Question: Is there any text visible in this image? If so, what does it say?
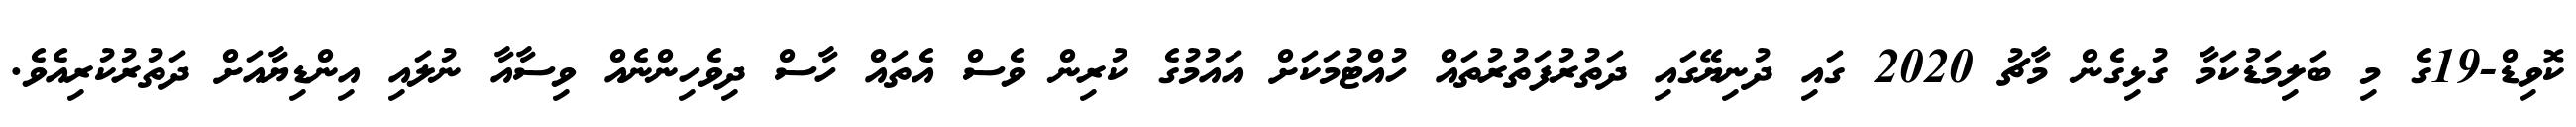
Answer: ކޮވިޑް-19ގެ މި ބަލިމަޑުކަމާ ގުޅިގެން މާޗު 2020 ގައި ދުނިޔޭގައި ދަތުރުފަތުރުތައް ހުއްޓުމަކަށް އައުމުގެ ކުރިން ވެސް އެތައް ހާސް ދިވެހިންނެއް ވިސާއާ ނުލައި އިންޑިޔާއަށް ދަތުރުކުރިއެވެ.